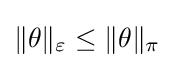
\|\theta \|_{\varepsilon }\leq \|\theta \|_{\pi }